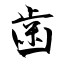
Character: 歯